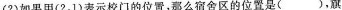
(2)如果用(2，1)表示校门的位置，那么宿舍区的位置是()，旗杆